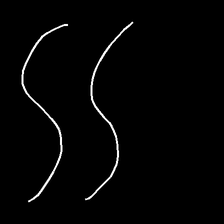
Glyph: float